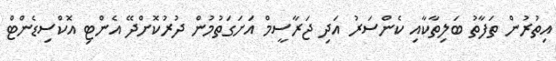
އިތުރުން ތަފާތު ބަލިތާކާއި ކެންސަރު އަދި ޖަރާސީމް އަށަގަތުމުން ދުރުކޮށްދޭ އެންޓި އޮކްސިޑެންޓް